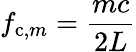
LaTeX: f_{\mathrm{c},m}=\frac{mc}{2L}